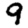
Digit: 9